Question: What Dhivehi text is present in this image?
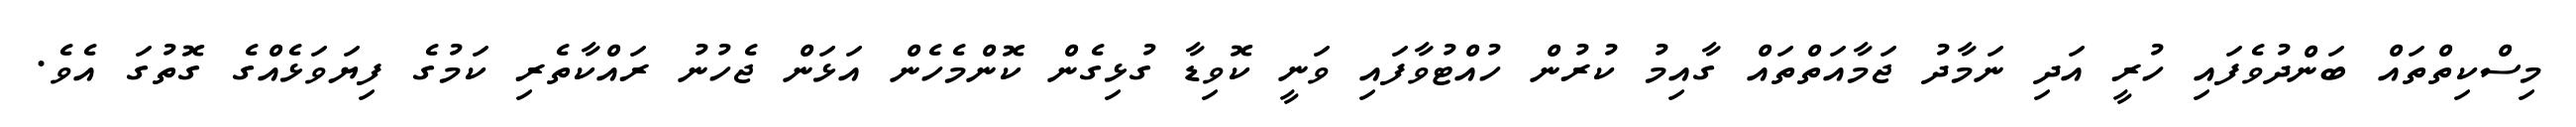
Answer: މިސްކިތްތައް ބަންދުވެފައި ހުރީ އަދި ނަމާދު ޖަމާއަތްތައް ގާއިމު ކުރުން ހުއްޓުވާފައި ވަނީ ކޮވިޑާ ގުޅިގެން ކޮންމެހެން އަޅަން ޖެހުނު ރައްކާތެރި ކަމުގެ ފިޔަވަޅެއްގެ ގޮތުގަ އެވެ.